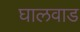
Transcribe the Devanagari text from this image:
घालवाड